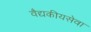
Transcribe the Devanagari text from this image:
वैद्यकीयसेवा